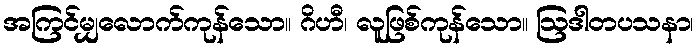
အကြင်မျှလောက်ကုန်သော။ ဂိဟီ၊ လူဖြစ်ကုန်သော။ ဩဒါတပသနာ၊